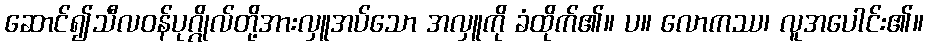
ဆောင်၍သီလဝန်ပုဂ္ဂိုလ်တို့အားလှူအပ်သော အလှူကို ခံထိုက်၏။ ပ။ လောကဿ၊ လူအပေါင်း၏။